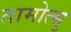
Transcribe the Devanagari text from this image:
तामोत्सु